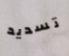
تسديد